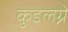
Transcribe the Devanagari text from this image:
कुइलग्ने